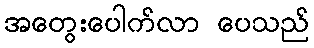
အတွေးပေါက်လာ ပေသည်